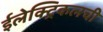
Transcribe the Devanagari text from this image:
ईलेक्ट्रिकलची